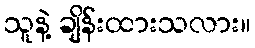
သူနဲ့ ချိန်းထားသလား။